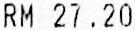
RM 27.20